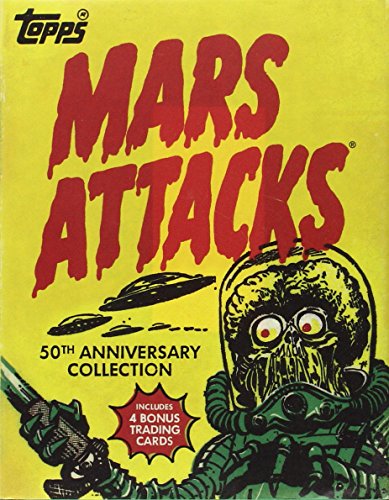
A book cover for Mars Attacks; The Topps Company; Humor & Entertainment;